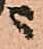
ニ